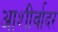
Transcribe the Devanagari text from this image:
आशीर्वादर